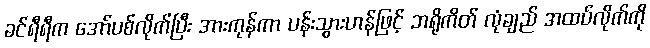
ခင်ရီရီက အော်ပစ်လိုက်ပြီး အားကုန်ကာ ပန်းသွားဟန်ဖြင့် ဘရိုကိတ် လုံချည် အထပ်လိုက်ကို